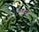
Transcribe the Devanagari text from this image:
कोलथी